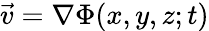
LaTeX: \vec{v}=\mathbf\nabla\Phi(x,y,z;t)